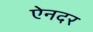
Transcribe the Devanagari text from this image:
ऐनदर